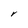
Character: r